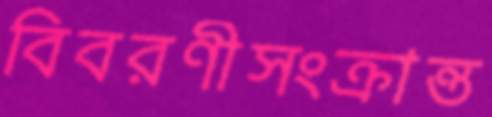
বিবরণীসংক্রান্ত